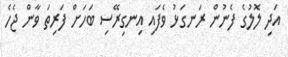
އަދި ލޮލުގެ ފެނުން ރަނގަޅު ވެފައި އިނގިރޭސި ބަހަށް ފަރިތަ ވާން ޖެހެ